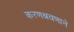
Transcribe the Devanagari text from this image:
करणश्रवणाने